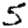
Digit: 5